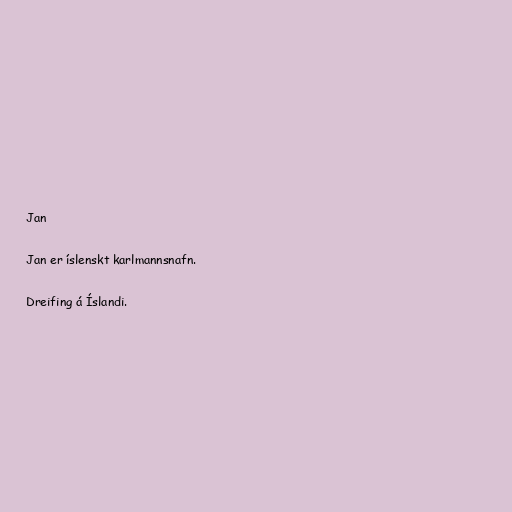
Jan

Jan er íslenskt karlmannsnafn.

Dreifing á Íslandi.